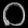
Digit: ၀